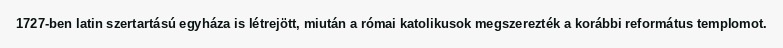
1727-ben latin szertartású egyháza is létrejött, miután a római katolikusok megszerezték a korábbi református templomot.